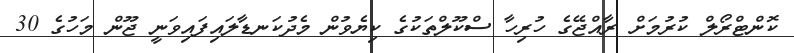
ކޮންޓްރޯލް ކުރުމަށް ރާއްޖޭގެ ހުރިހާ ސްކޫލްތަކުގެ ކިޔެވުން މެދުކަނޑާލައިފައިވަނީ ޖޫން މަހުގެ 30